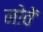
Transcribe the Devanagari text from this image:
नोवें